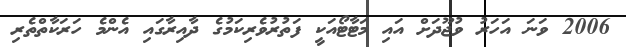
2006 ވަނަ އަހަރު ވުޖޫދަށް އައި މަޓާޓޯއަކީ ފަތުރުވެރިކަމުގެ ދާއިރާގައި އެންމެ ހަރަކާތްތެރި